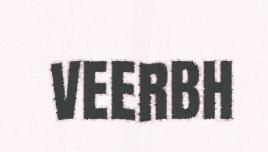
VEERBH